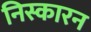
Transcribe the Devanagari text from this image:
निस्कारन